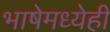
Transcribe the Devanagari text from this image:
भाषेमध्येही